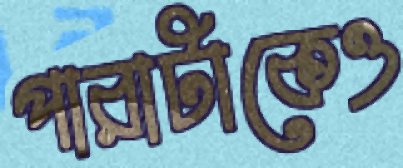
পারাটাকেও